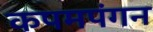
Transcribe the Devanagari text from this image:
कपमपंगन